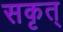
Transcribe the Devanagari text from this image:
सकृत्